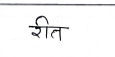
मजकूर: रीत